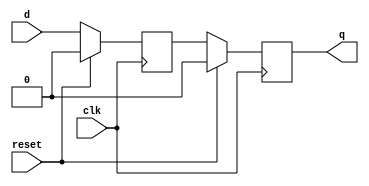
module dff_delay (
    input wire clk,
    input wire reset,
    input wire d,
    output reg q
);

reg d_delayed;

always @(posedge clk) begin
    if (reset) begin
        d_delayed <= 1'b0;
    end else begin
        d_delayed <= d;
    end
end

always @(posedge clk) begin
    if (reset) begin
        q <= 1'b0;
    end else begin
        q <= d_delayed;
    end
end

endmodule